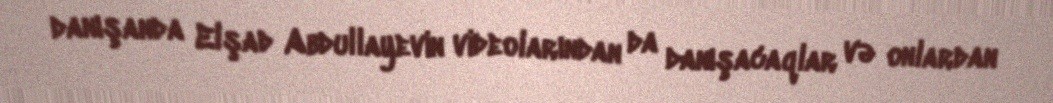
danışanda Elşad Abdullayevin videolarından da danışacaqlar və onlardan